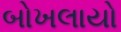
બોખલાયો